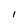
Character: l